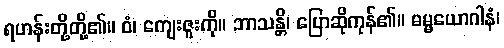
ရဟန်းတို့တို့၏။ ဝံ၊ ကျေးဇူးကို။ ဘာသန္တိ၊ ပြောဆိုကုန်၏။ ဓမ္မယောဂါနံ၊